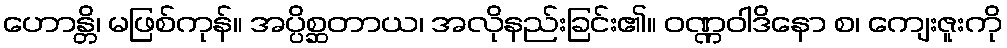
ဟောန္တိ၊ မဖြစ်ကုန်။ အပ္ပိစ္ဆတာယ၊ အလိုနည်းခြင်း၏။ ဝဏ္ဏဝါဒိနော စ၊ ကျေးဇူးကို